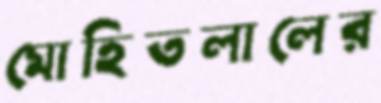
মোহিতলালের